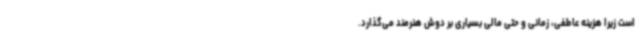
است زیرا هزینه عاطفی، زمانی و حتی مالی بسیاری بر دوش هنرمند می‌گذارد.